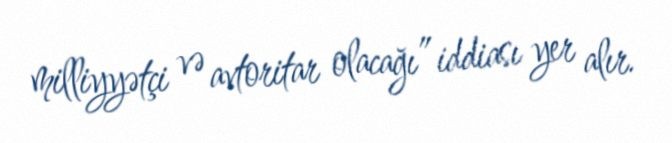
milliyyətçi və avtoritar olacağı” iddiası yer alır.